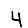
Digit: 4